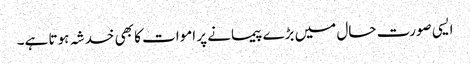
ایسی صورت حال میں بڑے پیمانے پر اموات کا بھی خدشہ ہوتا ہے۔